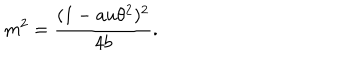
m ^ { 2 } = \frac { ( 1 - a u \theta ^ { 2 } ) ^ { 2 } } { 4 b } .